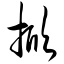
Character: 掀